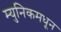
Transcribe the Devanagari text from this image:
म्युनिकमधून